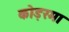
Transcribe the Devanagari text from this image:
कोड़रमा